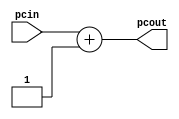
// Course: CSE 401- Computer Architecture
// Term: Winter 2020
// Name: Erika Gutierrez
// ID: 005318270

module incrementer (
   input  wire [31:0] pcin,      // Input of incrementer
   output wire [31:0] pcout      // Output of incrementer
   );
   assign pcout = pcin + 1;      // Increment PC by 1, *See Comments above
endmodule // incr